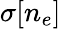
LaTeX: \sigma[n_{e}]